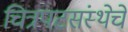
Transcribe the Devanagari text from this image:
चित्रपटसंस्थेचे